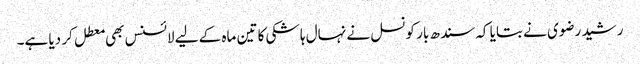
رشید رضوی نے بتایا کہ سندھ بار کونسل نے نہال ہاشکی کا تین ماہ کے لیے لائسنس بھی معطل کر دیا ہے۔